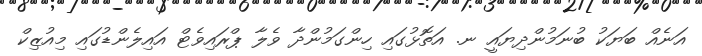
އަނެއް ބަޔަކު ބުނަމުންދިޔައީ ނ. އަތޮޅުގައި ހިންގަމުންދާ ވެލާ ޕްރައިވެޓް އައިލެންޑުގައި މިއުޒިކް